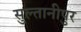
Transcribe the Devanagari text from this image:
सुल्तानीपुर